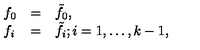
\begin{array} { l l l } { f _ { 0 } } & { = } & { \tilde { f } _ { 0 } , } \\ { f _ { i } } & { = } & { \tilde { f } _ { i } ; i = 1 , \ldots , k - 1 , } \\ \end{array}